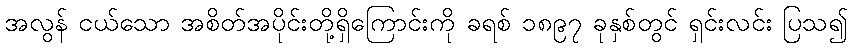
အလွန် ငယ်သော အစိတ်အပိုင်းတို့ရှိကြောင်းကို ခရစ် ၁၈၉၇ ခုနှစ်တွင် ရှင်းလင်း ပြသ၍